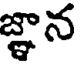
జ్ఞాన